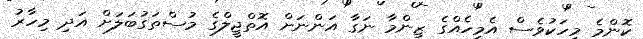
ކޮންމެ މީހަކުވެސް އެމީހެއްގެ ޒިންމާ ނަގާ އަންނަށް އޮތްޖީލްގެ މުސްތަގުބަލަށް އަދި މިހާރު